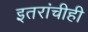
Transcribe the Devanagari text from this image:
इतरांचीही